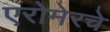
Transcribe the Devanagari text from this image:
एरोमेरचे